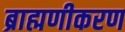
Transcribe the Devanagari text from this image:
ब्राह्मणीकरण